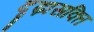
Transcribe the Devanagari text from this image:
दृढ़ासक्ति